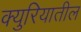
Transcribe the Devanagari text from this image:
क्युरियातील